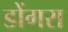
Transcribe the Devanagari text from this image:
डोंगरा